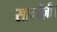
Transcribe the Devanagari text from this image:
सार्कोज़ी।